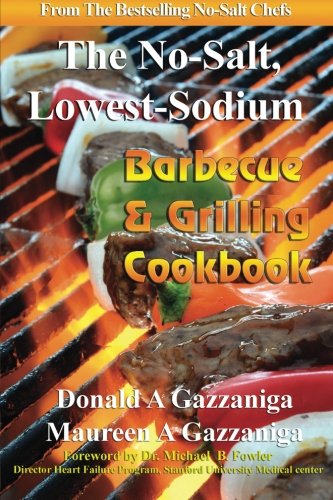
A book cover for No-Salt, Lowest-Sodium Barbecue & Grilling Cookbook (Volume 6); Donald A Gazzaniga; Cookbooks, Food & Wine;